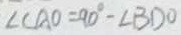
\angle C A O = 9 0 ^ { \circ } - \angle B D O